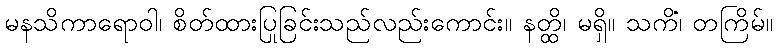
မနသိကာရောဝါ၊ စိတ်ထားပြုခြင်းသည်လည်းကောင်း။ နတ္ထိ၊ မရှိ။ သကိံ၊ တကြိမ်။